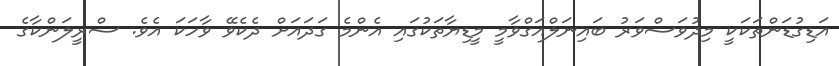
އަޑިގުޑަންތަކަކީ މިދުވަސްވަރު ބައިނަލްއަގްވާމީ މީޑިޔާތަކުގައި އެންމެ ގަދައަށް ދެކެވޭ ވާހަކަ އެވެ. ސްރީލަންކާގެ